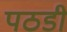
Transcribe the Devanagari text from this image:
पठडी